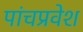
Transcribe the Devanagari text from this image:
पांचप्रवेश